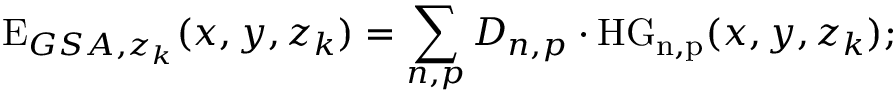
\mathrm { E } _ { G S A , z _ { k } } ( x , y , z _ { k } ) = \sum _ { n , p } D _ { n , p } \cdot \mathrm { H G _ { n , p } } ( x , y , z _ { k } ) ;